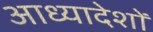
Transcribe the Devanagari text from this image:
आध्यादेशों